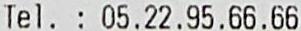
TEL. : 05.22.95.66.66